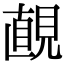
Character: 𧡚